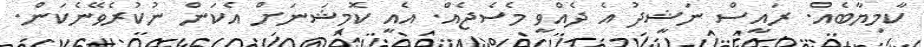
ކާމިޔާބެއް. ރައީސް ނަޝީދު އެ ދެއްވީ މެސެޖެއް. އެއީ ކޮމިޝަނަށް އެކަން ނުކުރެވޭނެކަން.